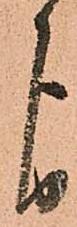
よ